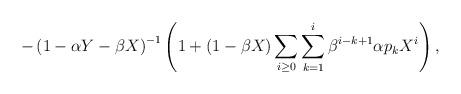
LaTeX: \begin{align*} -\left(1-\alpha Y-\beta X\right)^{-1}\left(1+(1-\beta X)\sum_{i\geq 0}\sum_{k=1}^{i}\beta^{i-k+1}\alpha p_k X^i\right), \end{align*}